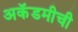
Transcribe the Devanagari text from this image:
अकॅडमीची